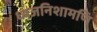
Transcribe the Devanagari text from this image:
ध्वजनिशामणि